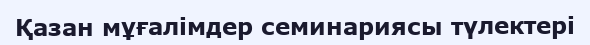
Қазан мұғалімдер семинариясы түлектері